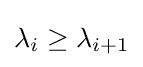
\lambda _{i}\geq \lambda _{i+1}